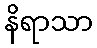
နိရာသာ